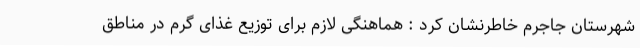
شهرستان جاجرم خاطرنشان کرد : هماهنگی لازم برای توزیع غذای گرم در مناطق